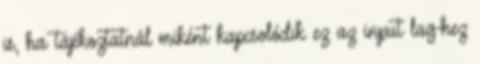
is, ha tájékoztatnál miként kapcsolódik ez az input lag-hez